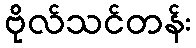
ဗိုလ်သင်တန်း